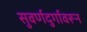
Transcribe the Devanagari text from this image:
सुवर्णदुर्गावरून